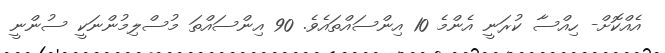
އެއްކޮށް- ހިއްސާ ކުރަނީ އެންމެ 10 އިންސައްތައެވެ. 90 އިންސައްތަ މުސްލިމުންނަކީ ސުންނީ